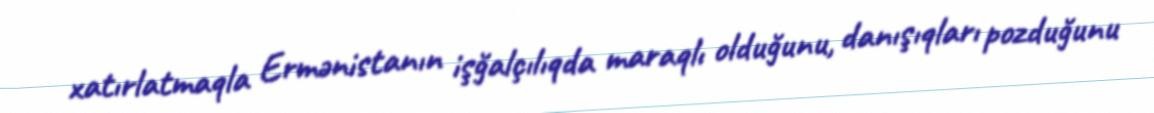
xatırlatmaqla Ermənistanın işğalçılıqda maraqlı olduğunu, danışıqları pozduğunu